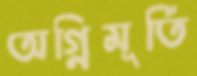
অগ্নিমূর্তি